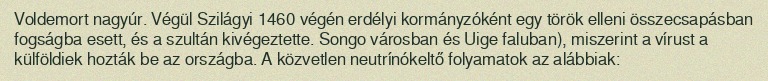
Voldemort nagyúr. Végül Szilágyi 1460 végén erdélyi kormányzóként egy török elleni összecsapásban fogságba esett, és a szultán kivégeztette. Songo városban és Uige faluban), miszerint a vírust a külföldiek hozták be az országba. A közvetlen neutrínókeltő folyamatok az alábbiak: